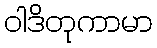
ဝါဒိတုကာမာ